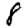
Digit: 8